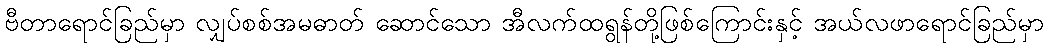
ဗီတာရောင်ခြည်မှာ လျှပ်စစ်အမဓာတ် ဆောင်သော အီလက်ထရွန်တို့ဖြစ်ကြောင်းနှင့် အယ်လဖာရောင်ခြည်မှာ